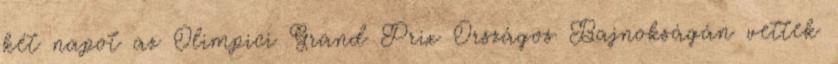
két napot az Olimpici Grand Prix Országos Bajnokságán vettek